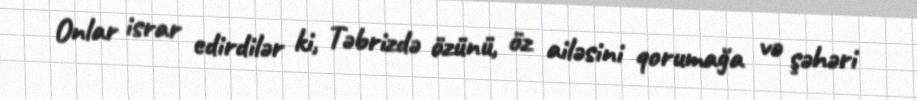
Onlar israr edirdilər ki, Təbrizdə özünü, öz ailəsini qorumağa və şəhəri